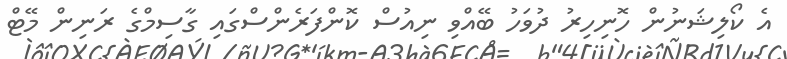
އެ ކޯލިޝަނުން ހޮނިހިރު ދުވަހު ބޭއްވި ނިއުސް ކޮންފަރެންސްގައި ގާސިމްގެ ރަނިން މޭޓް